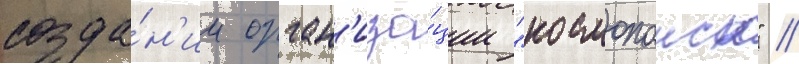
созда́н'ии орган'иза́ции "космопоиск" //